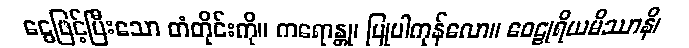
ငွေဖြင့်ပြီးသော တံတိုင်းကို။ ကရောန္တု၊ ပြုပါကုန်လော။ ဝေဠုရိယမိဿာနိ၊